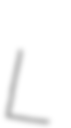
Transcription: L